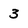
Character: 3